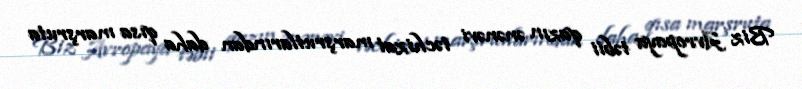
Biz Avropaya təbii qazın ənənəvi təchizat marşrutlarından daha qısa marşruta